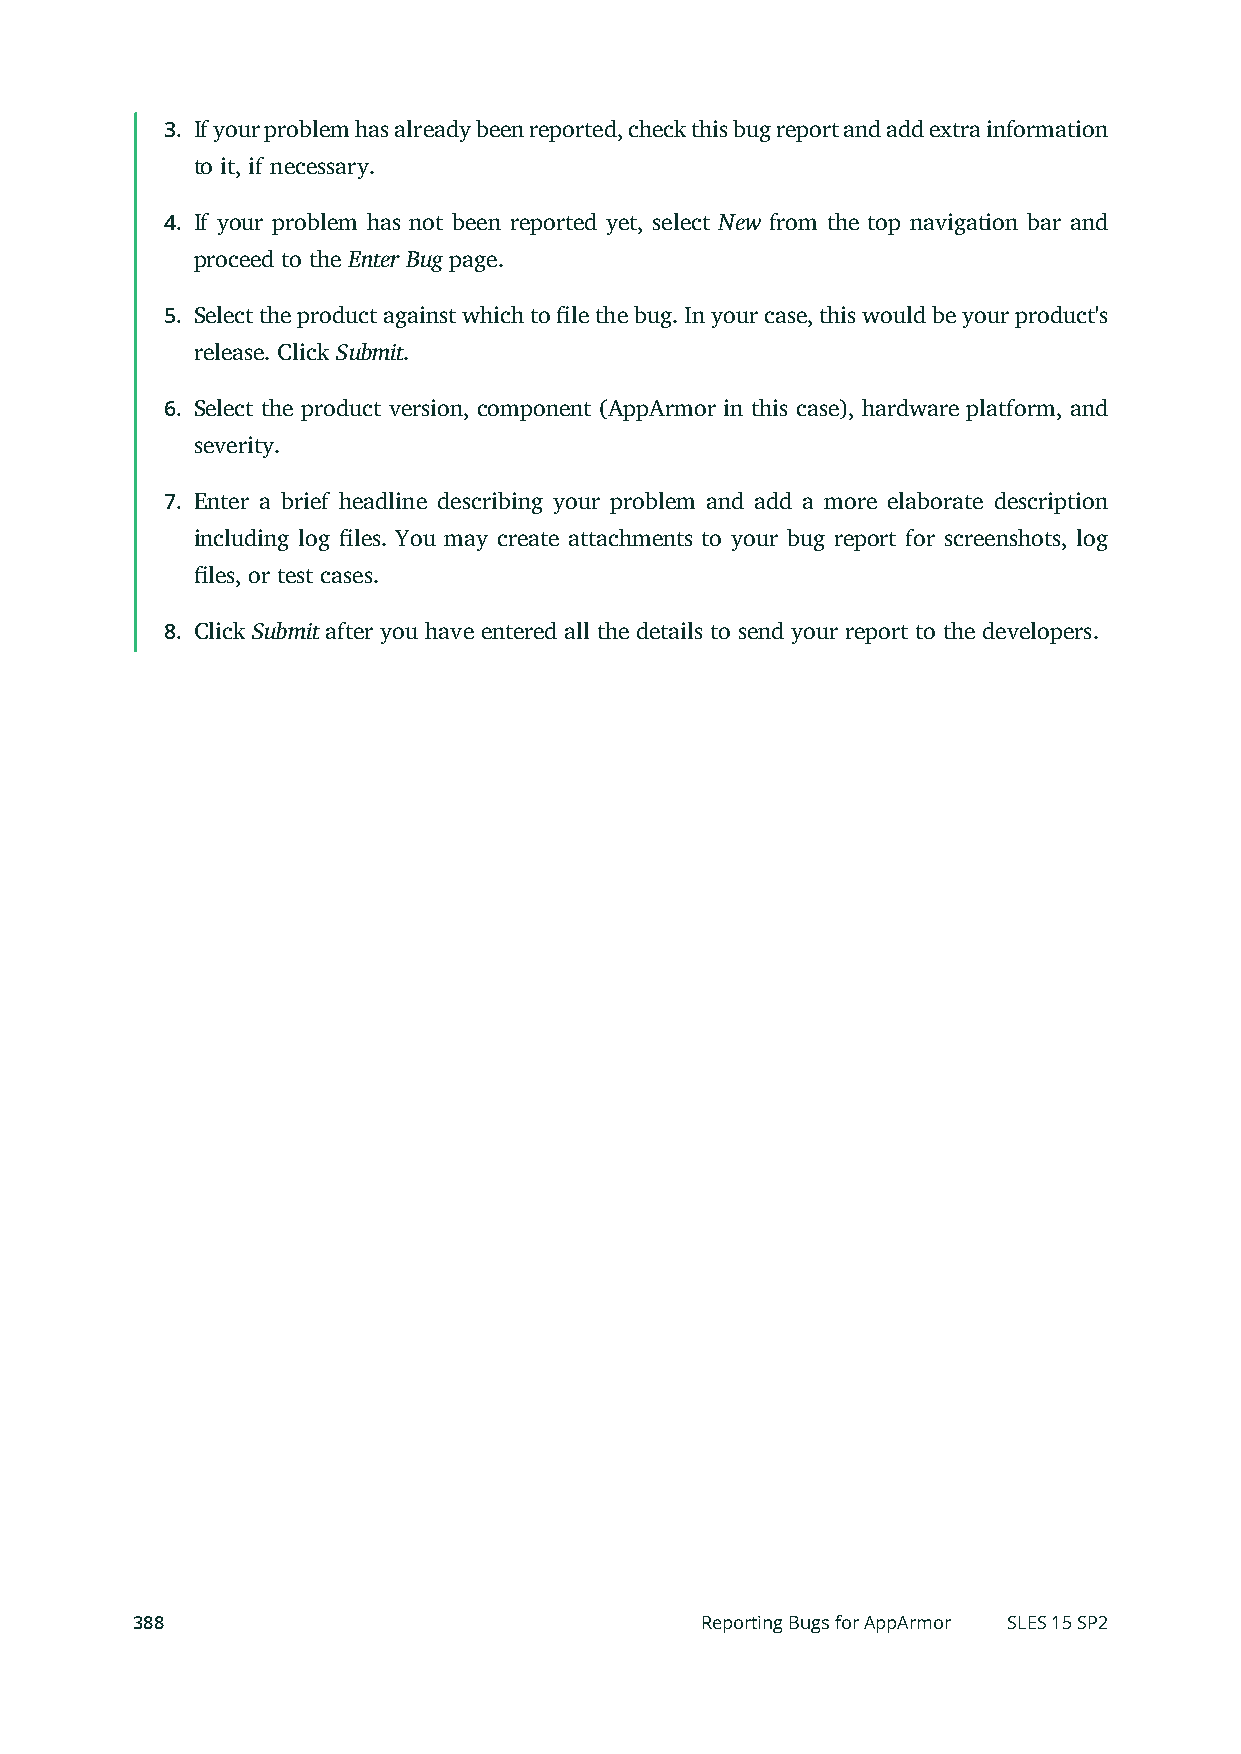
3. If your problem has already been reported, check this bug report and add extra information
 to it, if necessary.
 4. If your problem has not been reported yet, select New from the top navigation bar and
 proceed to the Enter Bug page.
 5. Select the product against which to le the bug. In your case, this would be your product's
 release. Click Submit.
 6. Select the product version, component (AppArmor in this case), hardware platform, and
 severity.
 7. Enter a brief headline describing your problem and add a more elaborate description
 including log les. You may create attachments to your bug report for screenshots, log
 les, or test cases.
 8. Click Submit after you have entered all the details to send your report to the developers.
 388                                  Reporting Bugs for AppArmor SLES 15 SP2